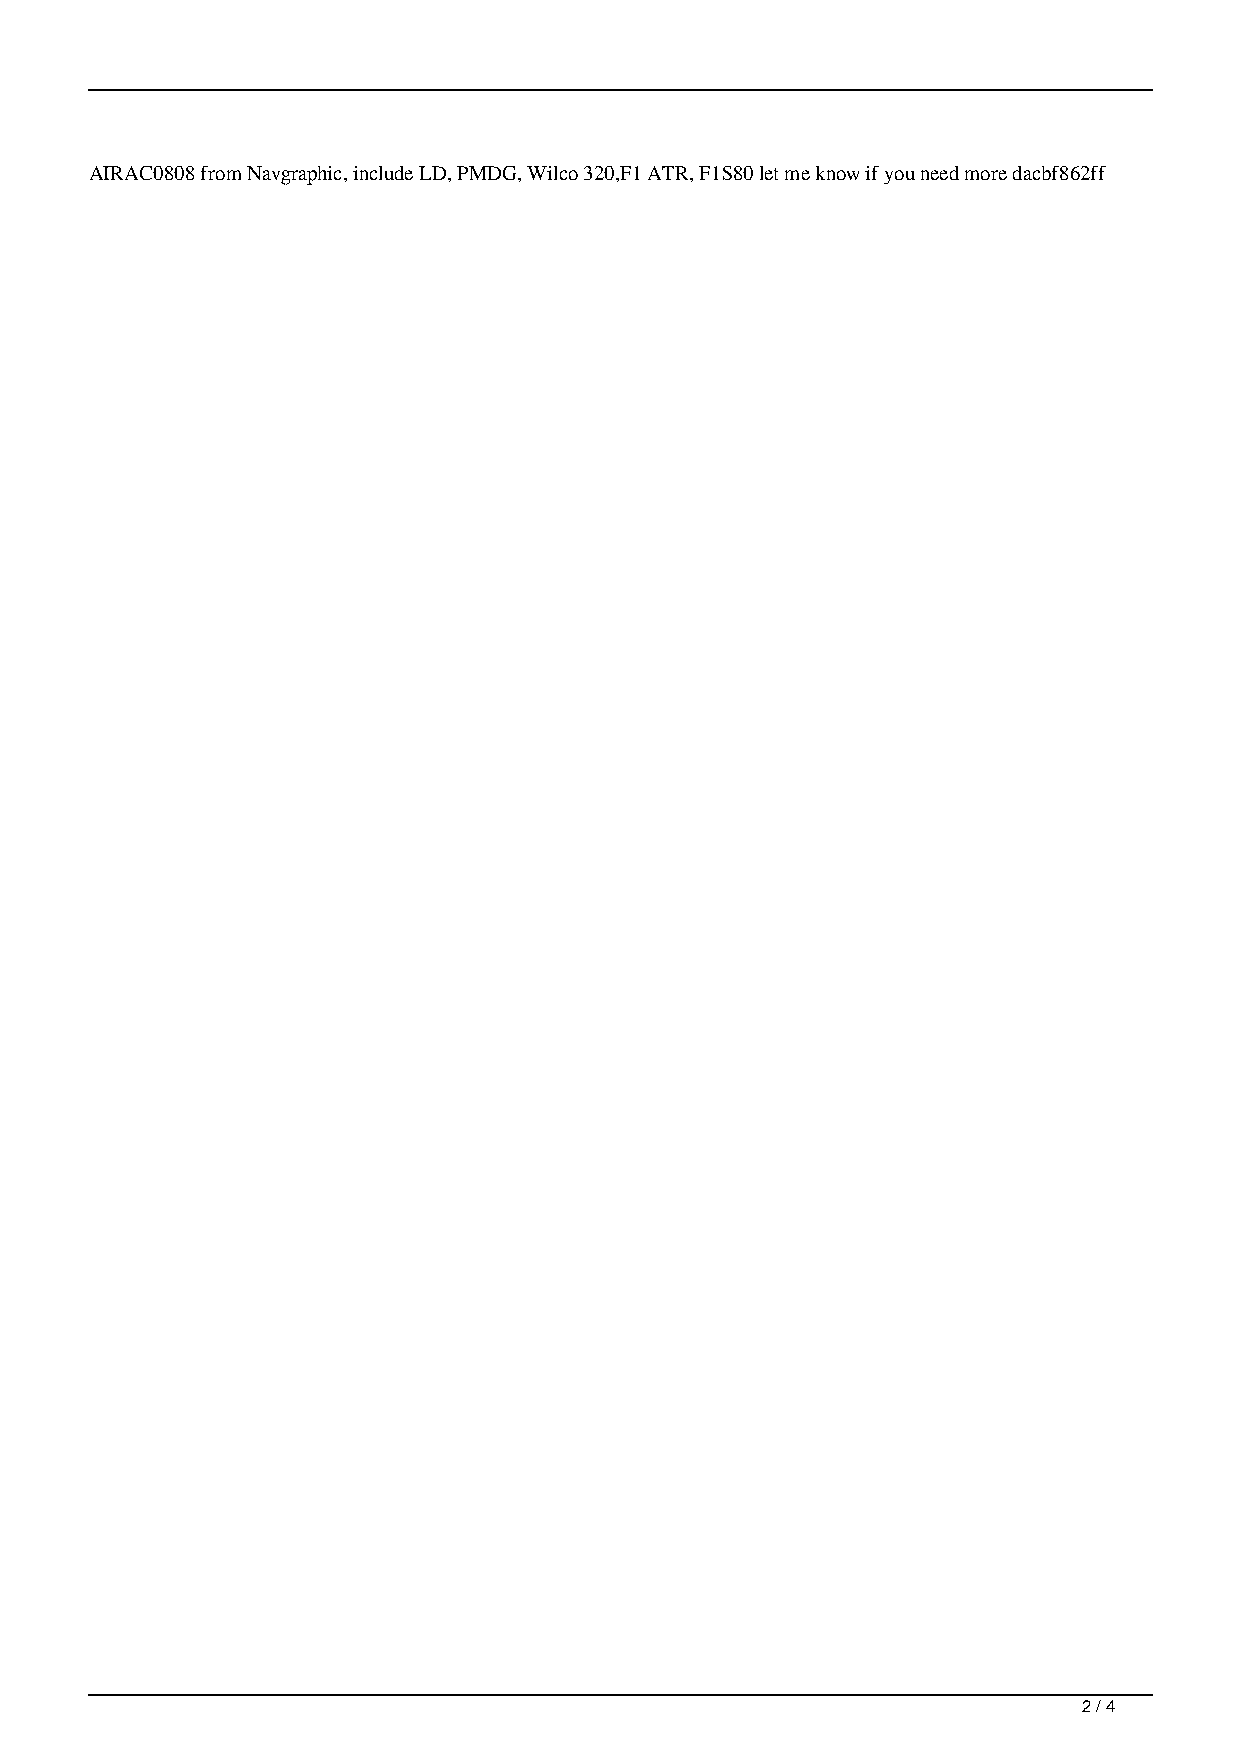
AIRAC0808 from Navgraphic, include LD, PMDG, Wilco 320,F1 ATR, F1S80 let me know if you need more dacbf862ff
 2 / 4